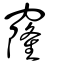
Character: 窿